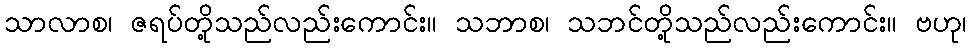
သာလာစ၊ ဇရပ်တို့သည်လည်းကောင်း။ သဘာစ၊ သဘင်တို့သည်လည်းကောင်း။ ဗဟု၊